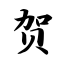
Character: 贺